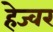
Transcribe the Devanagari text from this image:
हेज्वर